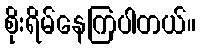
စိုးရိမ်နေကြပါတယ်။